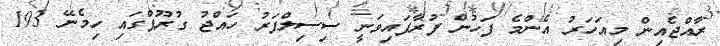
ރާއްޖެއިން މިއަހަރު އެންމެ ފަހުން ފުރާފައިވަނީ ސިސިލްފަރު ހައްޖު ގުރޫޕްގައި ހިމެނޭ 193